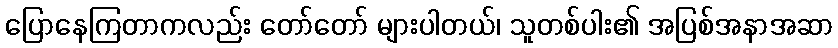
ပြောနေကြတာကလည်း တော်တော် များပါတယ်၊ သူတစ်ပါး၏ အပြစ်အနာအဆာ